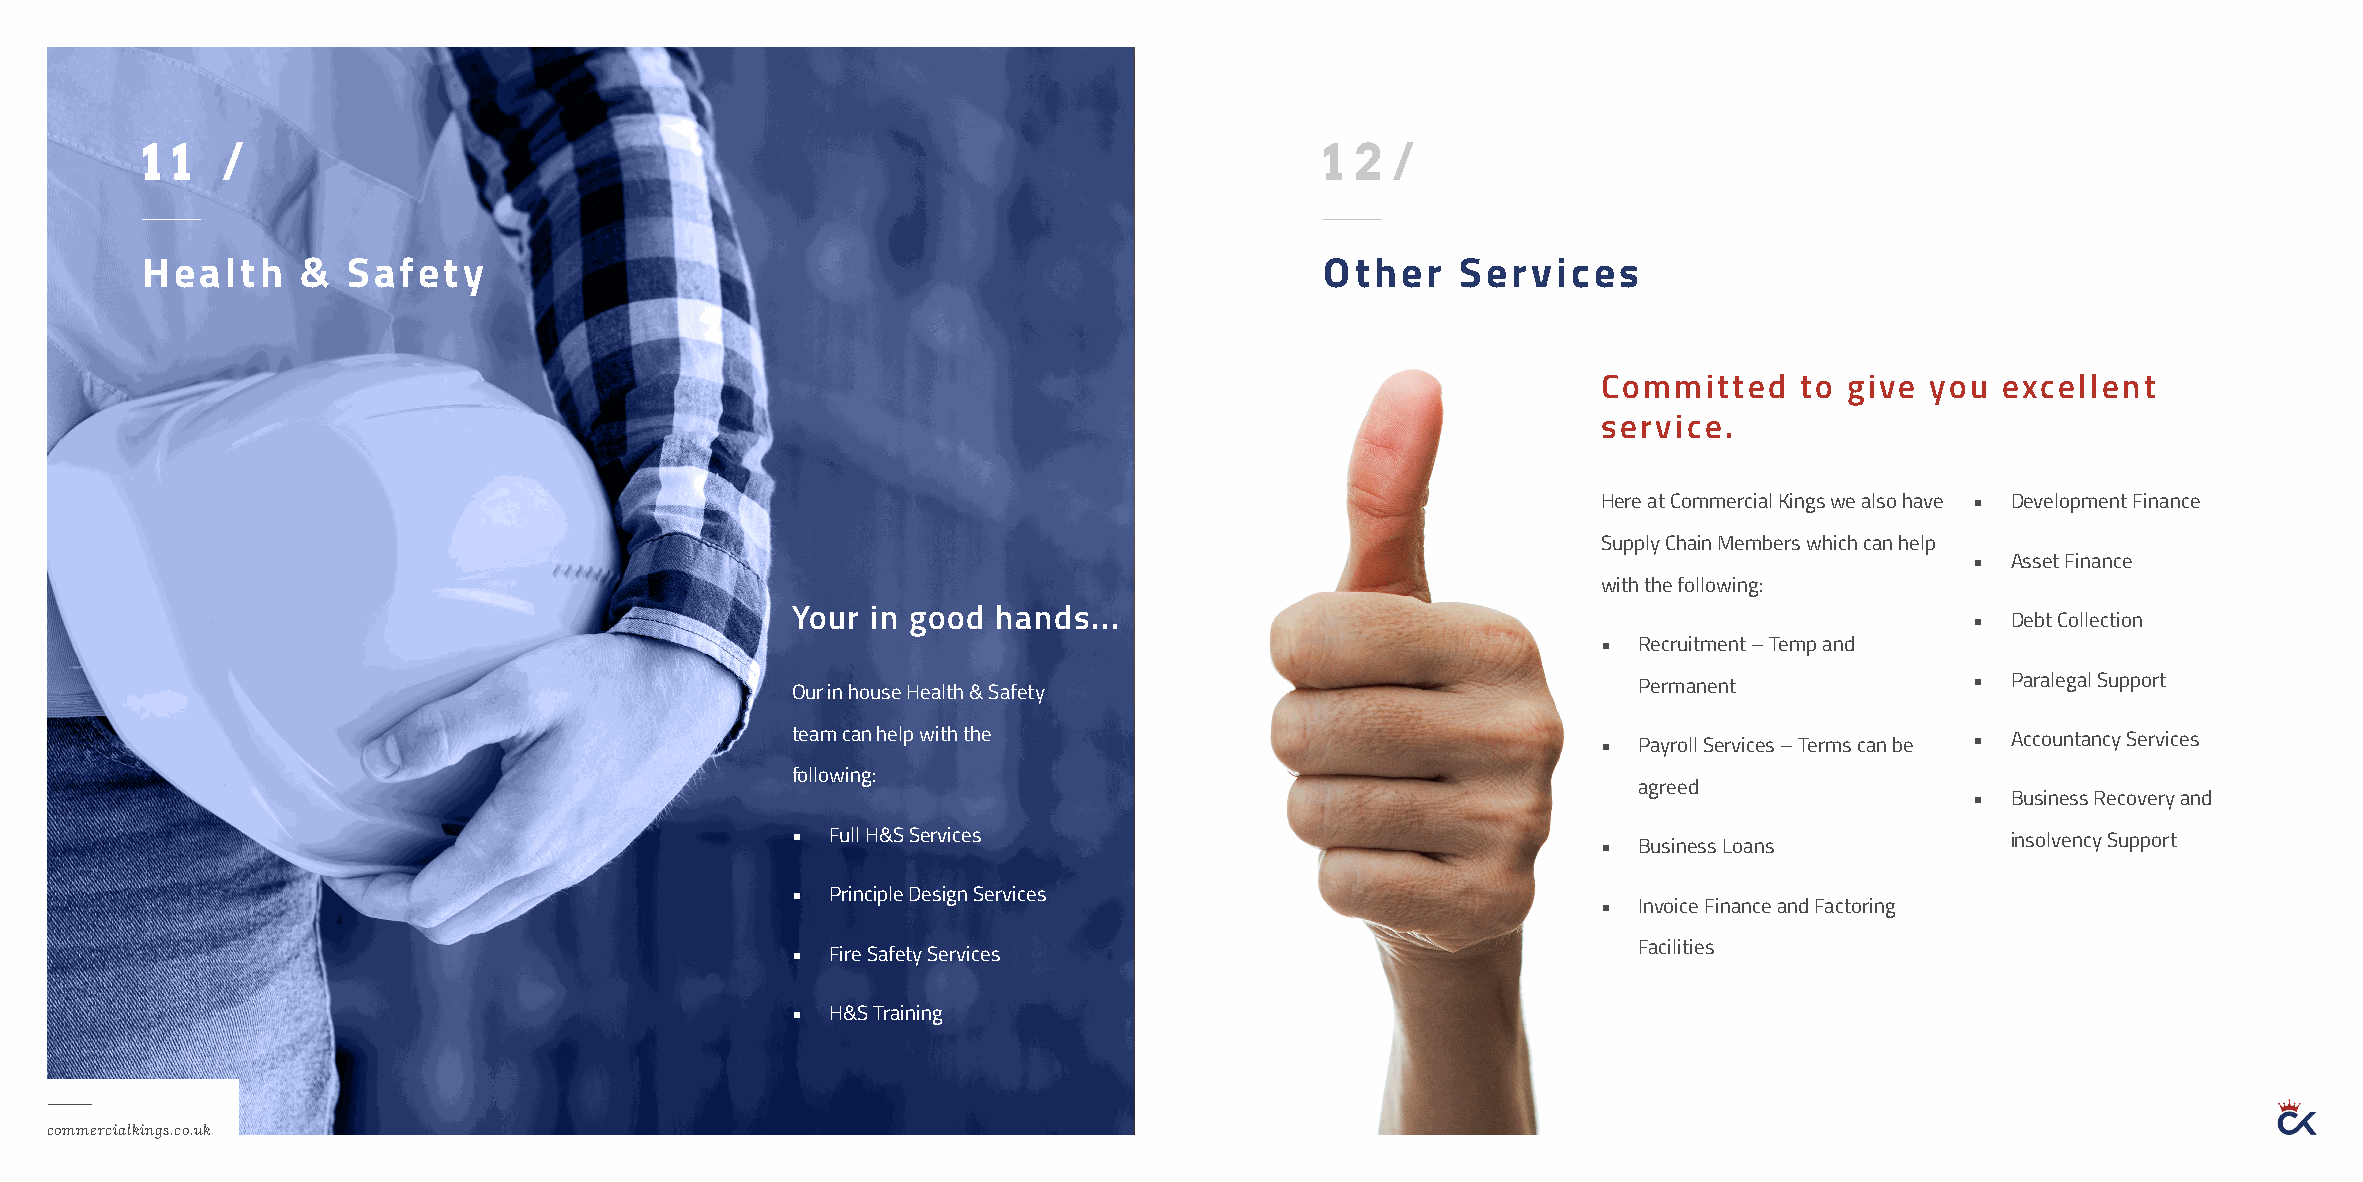
1 1   /                                                                        1 2 /
 Health     &  Safety                                                           Other    Services
 Committed    to give  you excellent
 service.
 Here at Commercial Kings we also have • Development Finance
 Supply Chain Members which can help
 • Asset Finance
 with the following:
 Your  in good hands...
 • Debt Collection
 • Recruitment – Temp and
 Our in house Health & Safety                            Permanent              • Paralegal Support
 team can help with the                                • Payroll Services – Terms can be • Accountancy Services
 following:
 agreed
 • Business Recovery and
 •  Full H&S Services                                  • Business Loans           insolvency Support
 •  Principle Design Services
 • Invoice Finance and Factoring
 •  Fire Safety Services                                 Facilities
 •  H&S Training
 commercialkings.co.uk